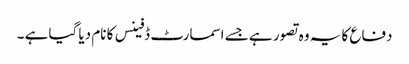
دفاع کا یہ وہ تصور ہے جسے اسمارٹ ڈفینس کا نام دیا گیا ہے ۔